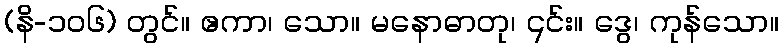
(နိ-၁၀၆) တွင်။ ဧကာ၊ သော။ မနောဓာတု၊ ၎င်း။ ဒွေ၊ ကုန်သော။